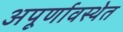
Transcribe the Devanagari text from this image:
अपूर्णावस्थेत